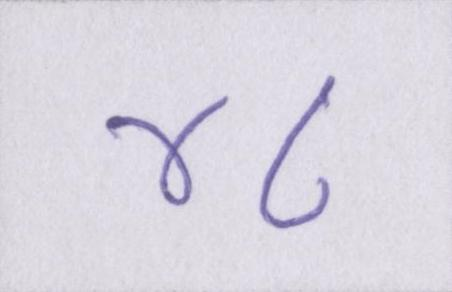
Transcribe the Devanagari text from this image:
४८